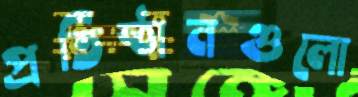
প্রতিষ্ঠানগুলো